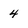
Character: 4